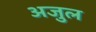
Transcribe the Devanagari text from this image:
अजु़ल